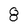
Character: 8